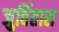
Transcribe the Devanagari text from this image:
जुविंतास